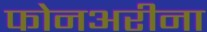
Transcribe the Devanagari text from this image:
फोनअरीना